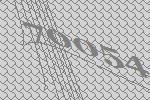
70054